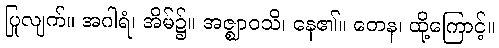
ပြုလျက်။ အဂါရံ၊ အိမ်၌။ အဇ္ဈာဝသိ၊ နေ၏။ တေန၊ ထို့ကြောင့်။